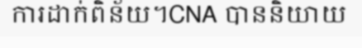
ការដាក់ពិន័យ។CNA បាននិយាយ